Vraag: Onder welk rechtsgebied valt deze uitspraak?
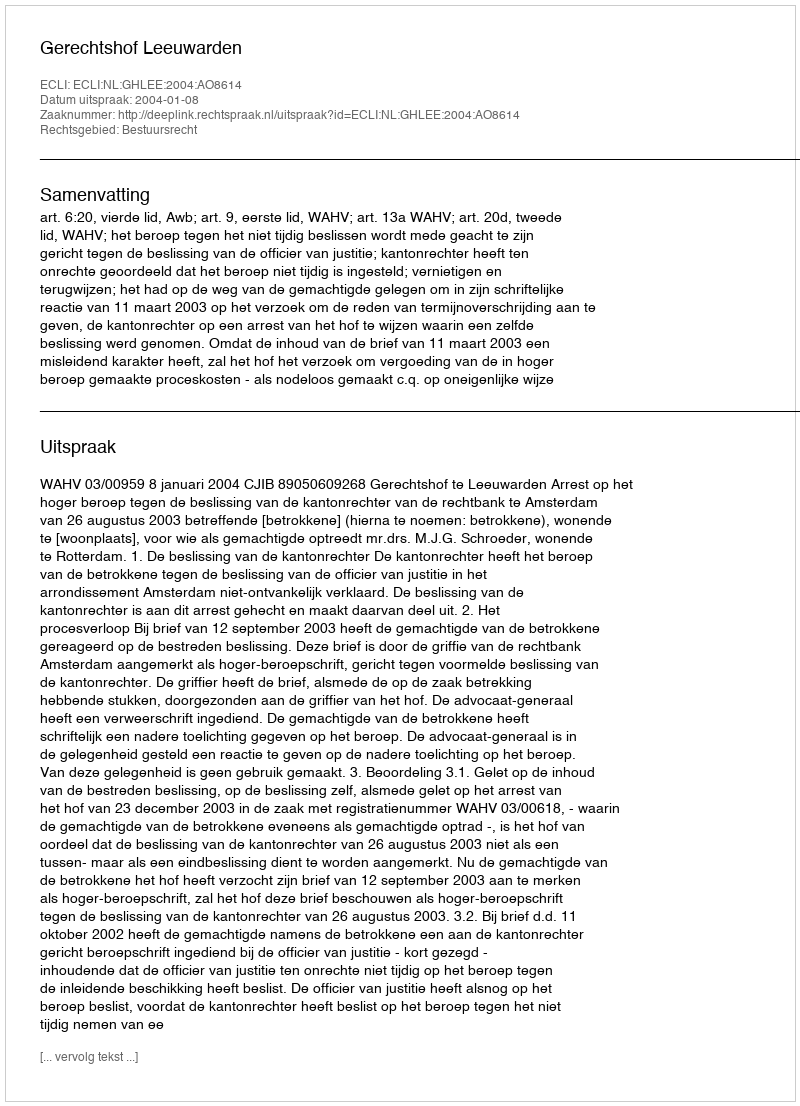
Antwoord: Bestuursrecht